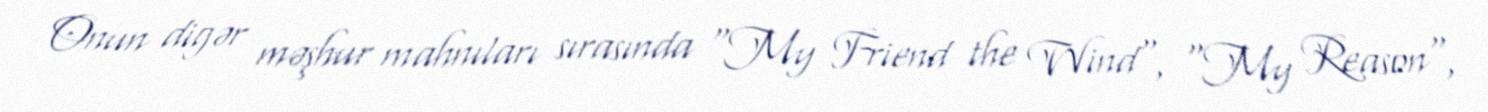
Onun digər məşhur mahnıları sırasında "My Friend the Wind", "My Reason",